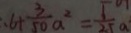
\therefore 6 + \frac { 3 } { 5 0 } a ^ { 2 } = \frac { 1 } { 2 5 } a ^ { . }